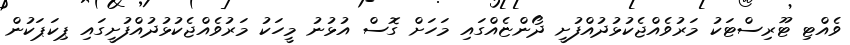
ވެއްޓި ޓޫރިސްޓަކު މަރުވެއްޖެކުޅުދުއްފުށީ ދޯންޏެއްގައި މަހަށް ގޮސް އުޅުނު މީހަކު މަރުވެއްޖެކުޅުދުއްފުށީގައި ޕިކަޕަކުން